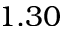
1 . 3 0